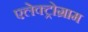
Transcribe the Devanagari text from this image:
एलेक्ट्रोग्राम